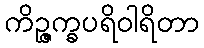
ကိဉ္ဇက္ခပရိဝါရိတာ